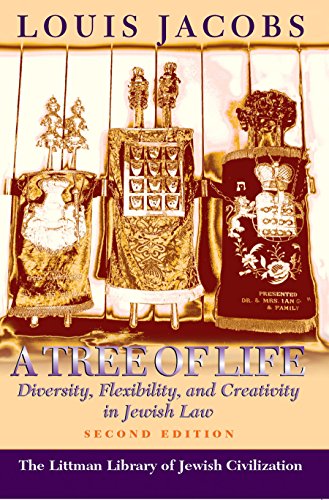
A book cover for A Tree of Life: Diversity, Flexibility, and Creativity in Jewish Law (Second Edition) (Littman Library of Jewish Civilization); Louis Jacobs; Religion & Spirituality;